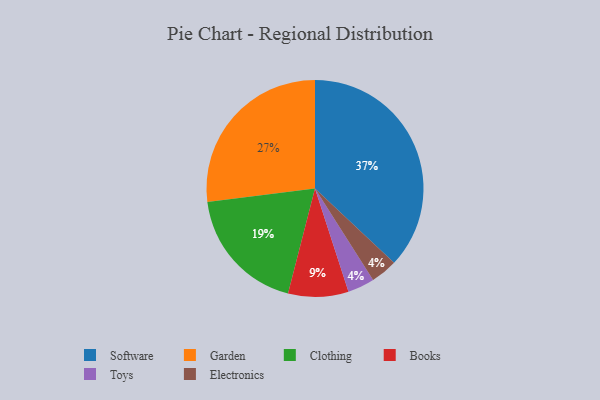
{"axis": {"x": "Category", "y": "Percentage"}, "legend": ["Books", "Clothing", "Electronics", "Garden", "Software", "Toys"], "data": [{"x": "Software", "y": 37, "type": "Software"}, {"x": "Toys", "y": 4, "type": "Toys"}, {"x": "Books", "y": 9, "type": "Books"}, {"x": "Electronics", "y": 4, "type": "Electronics"}, {"x": "Clothing", "y": 19, "type": "Clothing"}, {"x": "Garden", "y": 27, "type": "Garden"}]}